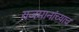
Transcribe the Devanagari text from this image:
यजमानांच्याच